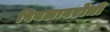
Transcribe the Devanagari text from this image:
पिघलावरोधी